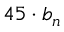
4 5 \cdot b _ { n }